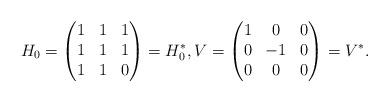
LaTeX: \begin{align*}H_0 = \begin{pmatrix} 1 & 1 & 1 \\ 1 & 1 & 1 \\ 1 & 1 & 0 \end{pmatrix} = H_0^*, V = \begin{pmatrix} 1 & 0 & 0 \\ 0 & -1 & 0 \\ 0 & 0 & 0 \end{pmatrix} = V^*. \end{align*}